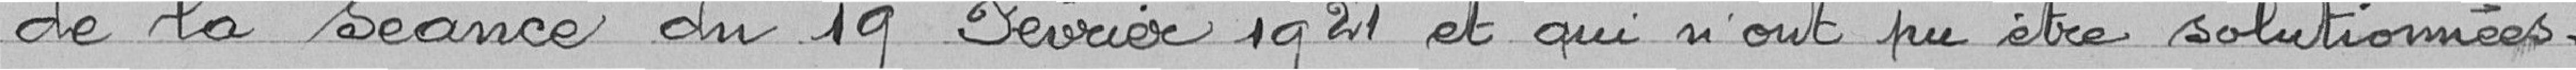
de la séance du 19 Février 1921 et qui n'ont pu être solutionnées.